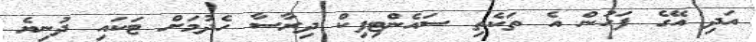
އަދި އޭގެ ފަހުން އެ ތަކެތި ސައެންޓިފިކް ދިރާސާ ހެދުމަށް ޓަކައި ދުނިޔެ